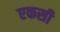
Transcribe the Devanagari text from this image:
एकसी